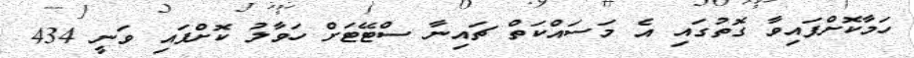
ހަމާކޮށްފައިވާ ގޮތުގައި އެ މަސައްކަތް ޗައިނާ ސްޓޭޓަށް ހަވާލު ކޮށްފައި ވަނީ 434